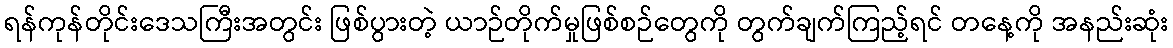
ရန်ကုန်တိုင်းဒေသကြီးအတွင်း ဖြစ်ပွားတဲ့ ယာဉ်တိုက်မှုဖြစ်စဉ်တွေကို တွက်ချက်ကြည့်ရင် တနေ့ကို အနည်းဆုံး